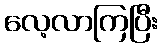
လေ့လာကြပြီး